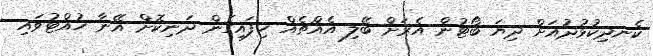
ކެނދިކުޅުދުއަށް ދިޔަ ބޯޓުން އެރަށް ބޭލި އެއްޗެއް ހިފައިގެން ދަނިކޮށް އޭނާ ހުއްޓުވައި